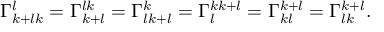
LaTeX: \Gamma _ { k + l k } ^ { l } = \Gamma _ { k + l } ^ { l k } = \Gamma _ { l k + l } ^ { k } = \Gamma _ { l } ^ { k k + l } = \Gamma _ { k l } ^ { k + l } = \Gamma _ { l k } ^ { k + l } .